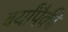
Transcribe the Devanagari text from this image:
बर्यांपैकी